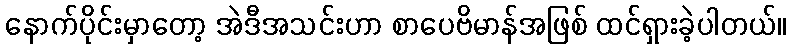
နောက်ပိုင်းမှာတော့ အဲဒီအသင်းဟာ စာပေဗိမာန်အဖြစ် ထင်ရှားခဲ့ပါတယ်။